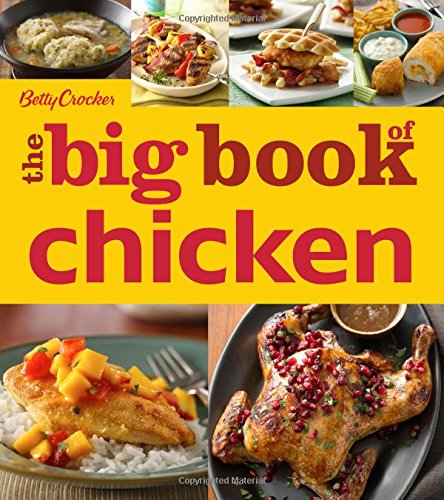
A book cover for Betty Crocker The Big Book of Chicken (Betty Crocker Big Book); Betty Crocker; Cookbooks, Food & Wine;